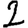
Digit: 2